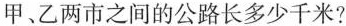
甲、乙两市之间的公路长多少千米?